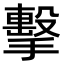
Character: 擊